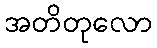
အတိတုလော